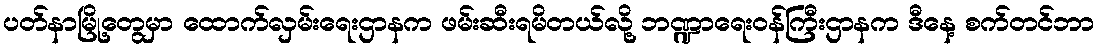
ပတ်နာမြို့တွေမှာ ထောက်လှမ်းရေးဌာနက ဖမ်းဆီးရမိတယ်လို့ ဘဏ္ဍာရေးဝန်ကြီးဌာနက ဒီနေ့ စက်တင်ဘာ